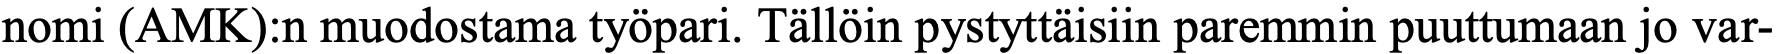
nomi (AMK):n muodostama työpari. Tällöin pystyttäisiin paremmin puuttumaan jo var-